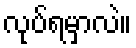
လုပ်ရမှာလဲ။